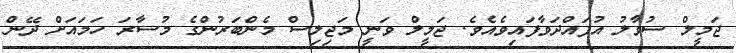
ޖަމީލް ސުވާލު އުފައްދަވާފައިވެއެވެ. ޖަމީލް ވަނީ މަޖިލިސް މެންބަރުންގެ މުސާރަ ހަމައަށް ދޭން